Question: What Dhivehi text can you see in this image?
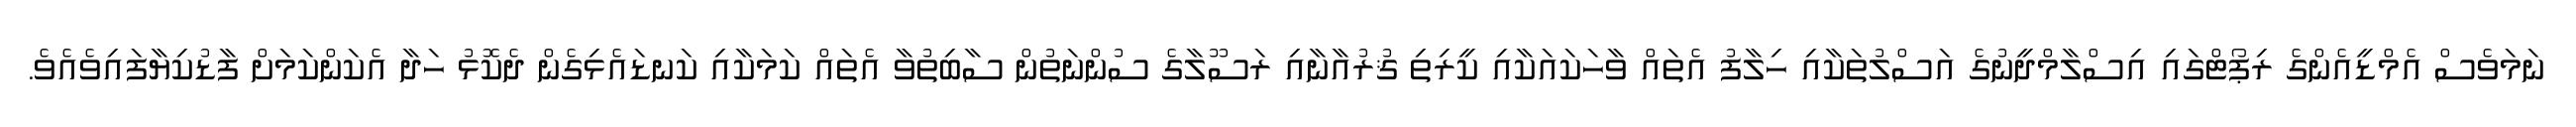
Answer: ނަމަވެސް އެމްޑީއެންގެ ރިޕޯޓްގައި އިސްލާމްދީނުގެ އަސްލުތަކާއި ހިލާފު އެތައް ވާހަކައަކާއި ކީރިތި ޤުރުއާނާއި ރަސޫލާގެ ސުންނަތުން ސާބިތުވާ އެތައް ކަމަކާއި ކަނޑައެޅިގެން ދެކޮޅު ހަދާ އެކަންކަމަށް ފާޑުކިޔާފައިވެއެވެ.